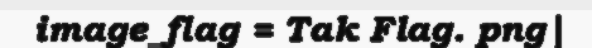
image_flag = Tak Flag. png|